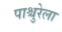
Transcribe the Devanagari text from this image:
पाश्चुरेला